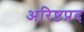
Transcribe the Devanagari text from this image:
अरिष्टप्रद